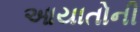
આયાતોની